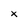
Character: x